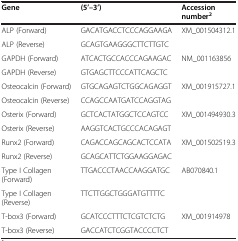
| Gene | (5’–3’) | Accession number2 |
 | --- | --- | --- |
 | ALP (Forward) | GACATGACCTCCCAGGAAGA | XM_001504312.1 |
 | ALP (Reverse) | GCAGTGAAGGGCTTCTTGTC |  |
 | GAPDH (Forward) | ATCACTGCCACCCAGAAGAC | NM_001163856 |
 | GAPDH (Reverse) | GTGAGCTTCCCATTCAGCTC |  |
 | Osteocalcin (Forward) | GTGCAGAGTCTGGCAGAGGT | XM_001915727.1 |
 | Osteocalcin (Reverse) | CCAGCCAATGATCCAGGTAG |  |
 | Osterix (Forward) | GCTCACTATGGCTCCAGTCC | XM_001494930.3 |
 | Osterix (Reverse) | AAGGTCACTGCCCACAGAGT |  |
 | Runx2 (Forward) | CAGACCAGCAGCACTCCATA | XM_001502519.3 |
 | Runx2 (Reverse) | GCAGCATTCTGGAAGGAGAC |  |
 | Type I Collagen (Forward) | TTGACCCTAACCAAGGATGC | AB070840.1 |
 | Type I Collagen (Reverse) | TTCTTGGCTGGGATGTTTTC |  |
 | T-box3 (Forward) | GCATCCCTTTCTCGTCTCTG | XM_001914978 |
 | T-box3 (Reverse) | GACCATCTCGGTACCCCTCT |  |